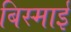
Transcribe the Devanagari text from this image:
बिस्माई